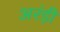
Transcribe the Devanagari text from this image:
अरंड़ी